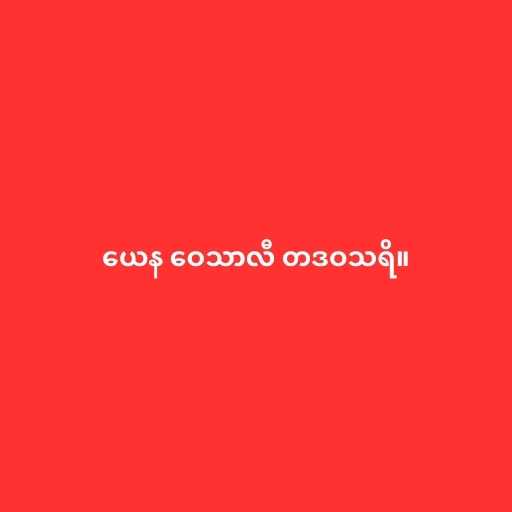
ယေန ဝေသာလီ တဒဝသရိ။